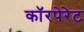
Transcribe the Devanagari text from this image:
काॅरपेरेट